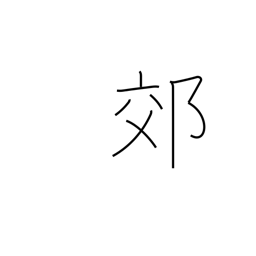
Meaning: outskirts